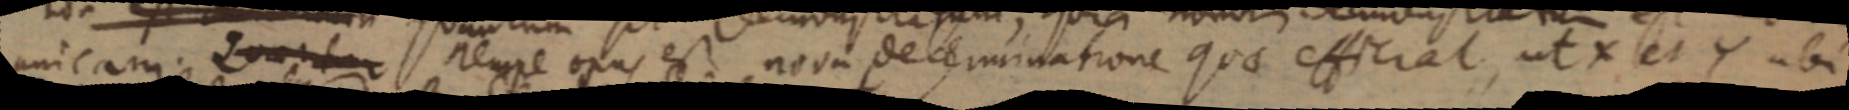
unicam. Quantur nempe opus est nova determinatione quae efficiat, ut X et Y ubi